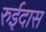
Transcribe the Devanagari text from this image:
रुईदास